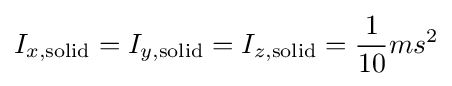
I_{x,\mathrm {solid} }=I_{y,\mathrm {solid} }=I_{z,\mathrm {solid} }={\frac {1}{10}}ms^{2}\,\!